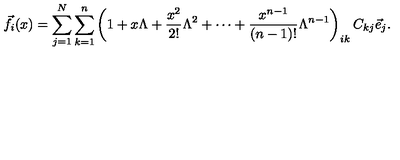
{ \vec { f } } _ { i } ( x ) = \sum _ { j = 1 } ^ { N } \sum _ { k = 1 } ^ { n } \left( 1 + x \Lambda + \frac { x ^ { 2 } } { 2 ! } \Lambda ^ { 2 } + \cdots + \frac { x ^ { n - 1 } } { ( n - 1 ) ! } \Lambda ^ { n - 1 } \right) _ { i k } C _ { k j } { \vec { e } } _ { j } .